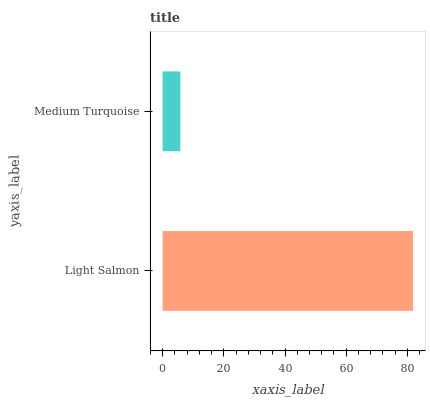
| yaxis_label | bars |
 | --- | --- |
 | Light Salmon | 81.8 |
 | Medium Turquoise | 5.8 |